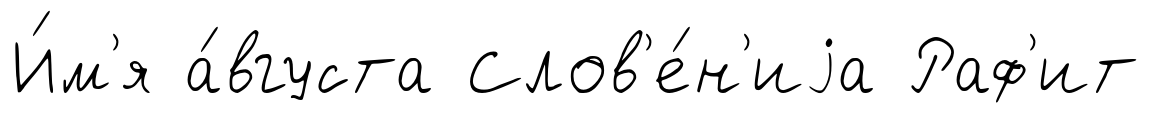
И́м'я а́вгуста Слов'е́н'иjа Раф'ит